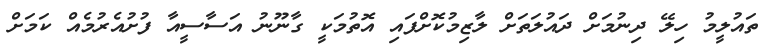
ތައުލީމު ހިލޭ ދިނުމަށް ދައުލަތަށް ލާޒިމުކޮށްފައި އޮތުމަކީ ގާނޫނު އަސާސީއާ ފުށުއެރުމެއް ކަމަށް